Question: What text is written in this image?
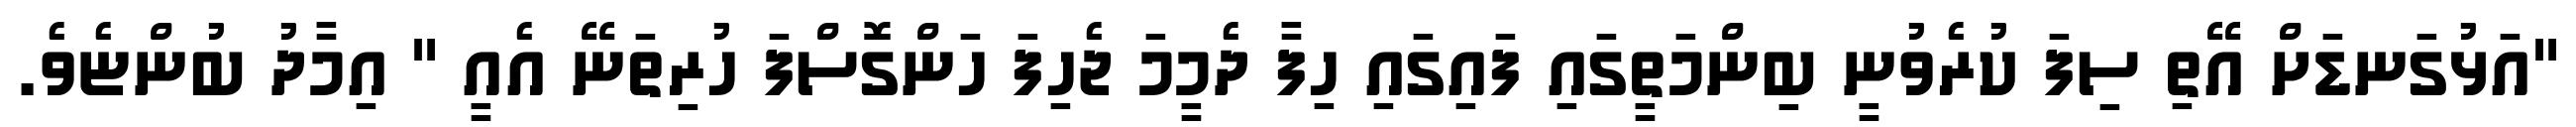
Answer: "އަޅުގަނޑަށް އޭތި ސިފަ ކުރެވުނީ ބިންމަތީގައި ފައިގައި ހިފާ ދެމީމަ ޖެހިފަ ހަންގޮސްފަ ހުރިތަނޭ އެއީ " އިމާދު ބުންޏެވެ.